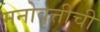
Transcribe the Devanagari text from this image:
मनोवृत्तीची